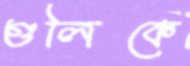
গুলিকে